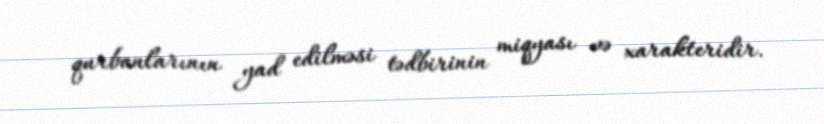
qurbanlarının yad edilməsi tədbirinin miqyası və xarakteridir.